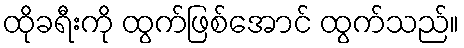
ထိုခရီးကို ထွက်ဖြစ်အောင် ထွက်သည်။